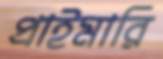
প্রাইমারি